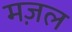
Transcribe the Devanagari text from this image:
मज़ल